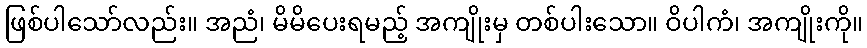
ဖြစ်ပါသော်လည်း။ အညံ၊ မိမိပေးရမည့် အကျိုးမှ တစ်ပါးသော။ ဝိပါကံ၊ အကျိုးကို။